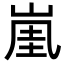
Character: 𡸔